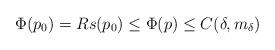
LaTeX: \begin{align*}\Phi(p_0)=R {s(p_0)}\leq \Phi(p)\leq C(\delta,m_\delta)\end{align*}